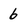
Character: 6